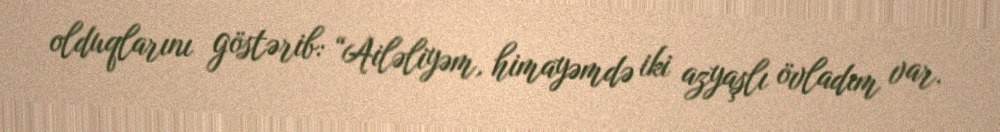
olduqlarını göstərib: “Ailəliyəm, himayəmdə iki azyaşlı övladım var.